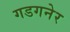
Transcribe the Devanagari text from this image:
गडगनेर